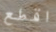
اقطع